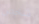
شخص